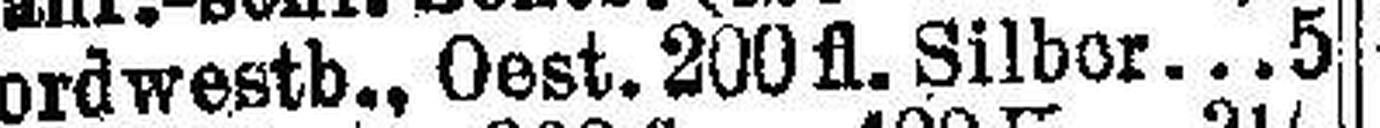
Nordwestb., Oest. 200 fl. Silber 5